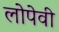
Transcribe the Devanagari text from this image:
लोपेवी